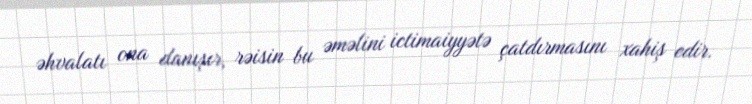
əhvalatı ona danışır, rəisin bu əməlini ictimaiyyətə çatdırmasını xahiş edir.